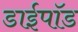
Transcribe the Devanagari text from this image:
डाईपॉड